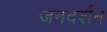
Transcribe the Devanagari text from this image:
जनदर्शन